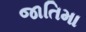
જાતિમા